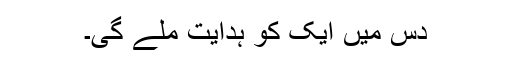
دس میں ایک کو ہدایت ملے گی۔